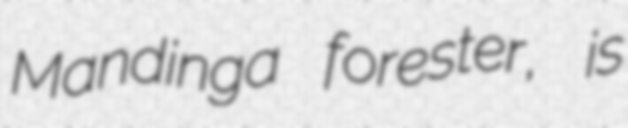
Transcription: Mandinga forester, is